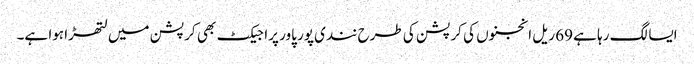
ایسا لگ رہا ہے 69 ریل انجنوں کی کرپشن کی طرح نندی پور پاور پراجیکٹ بھی کرپشن میں لتھڑا ہوا ہے۔